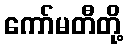
ကော်မတီတို့